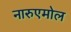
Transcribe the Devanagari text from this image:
नारुएमोल